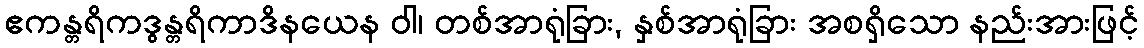
ဧကန္တရိကဒွန္တရိကာဒိနယေန ဝါ၊ တစ်အာရုံခြား, နှစ်အာရုံခြား အစရှိသော နည်းအားဖြင့်